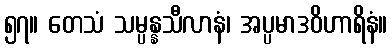
၅၇။ တေသံ သမ္ပန္နသီလာနံ၊ အပ္ပမာဒဝိဟာရိနံ။